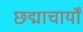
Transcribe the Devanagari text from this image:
छद्माचार्यों